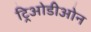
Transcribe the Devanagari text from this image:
ट्रिओडीओन